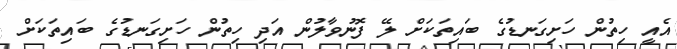
އެއީ ހިތުން ހަށިގަނޑުގެ ބައިތަކަށް ލޭ ފޮނުވާލުން އަދި ހިތުން ހަށިގަނޑުގެ ބައިތަކަށް